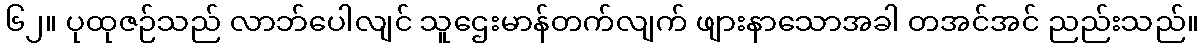
၆၂။ ပုထုဇဉ်သည် လာဘ်ပေါလျင် သူဌေးမာန်တက်လျက် ဖျားနာသောအခါ တအင်အင် ညည်းသည်။